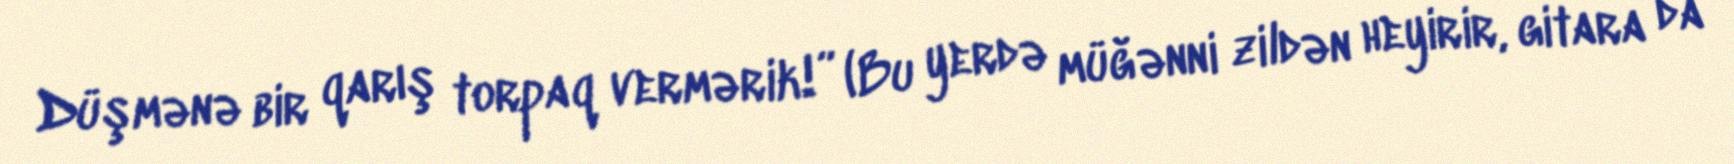
Düşmənə bir qarış torpaq vermərik!” (Bu yerdə müğənni zildən heyirir, gitara da